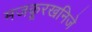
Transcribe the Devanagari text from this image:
मजकूरखनिजे